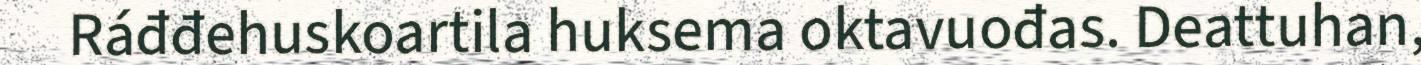
Ráđđehuskoartila huksema oktavuođas. Deattuhan,